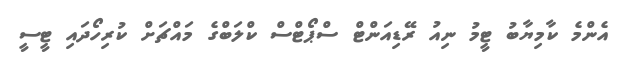
އެންމެ ކާމިޔާބު ޓީމު ނިއު ރޭޑިއަންޓް ސްޕޯޓްސް ކްލަބްގެ މައްޗަށް ކުރިހޯދައި ޓީސީ